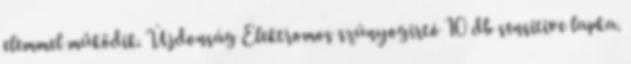
elemmel működik. Újdonság Elektromos szúnyogirtó 10 db sensitive lapka.